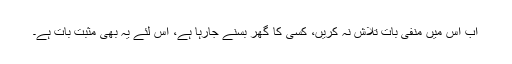
اب اس میں منفی بات تلاش نہ کریں، کسی کا گھر بسنے جارہا ہے، اس لئے یہ بھی مثبت بات ہے۔